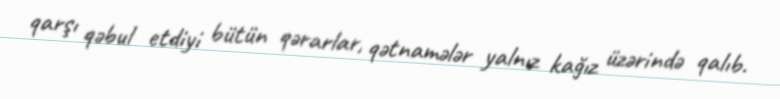
qarşı qəbul etdiyi bütün qərarlar, qətnamələr yalnız kağız üzərində qalıb.